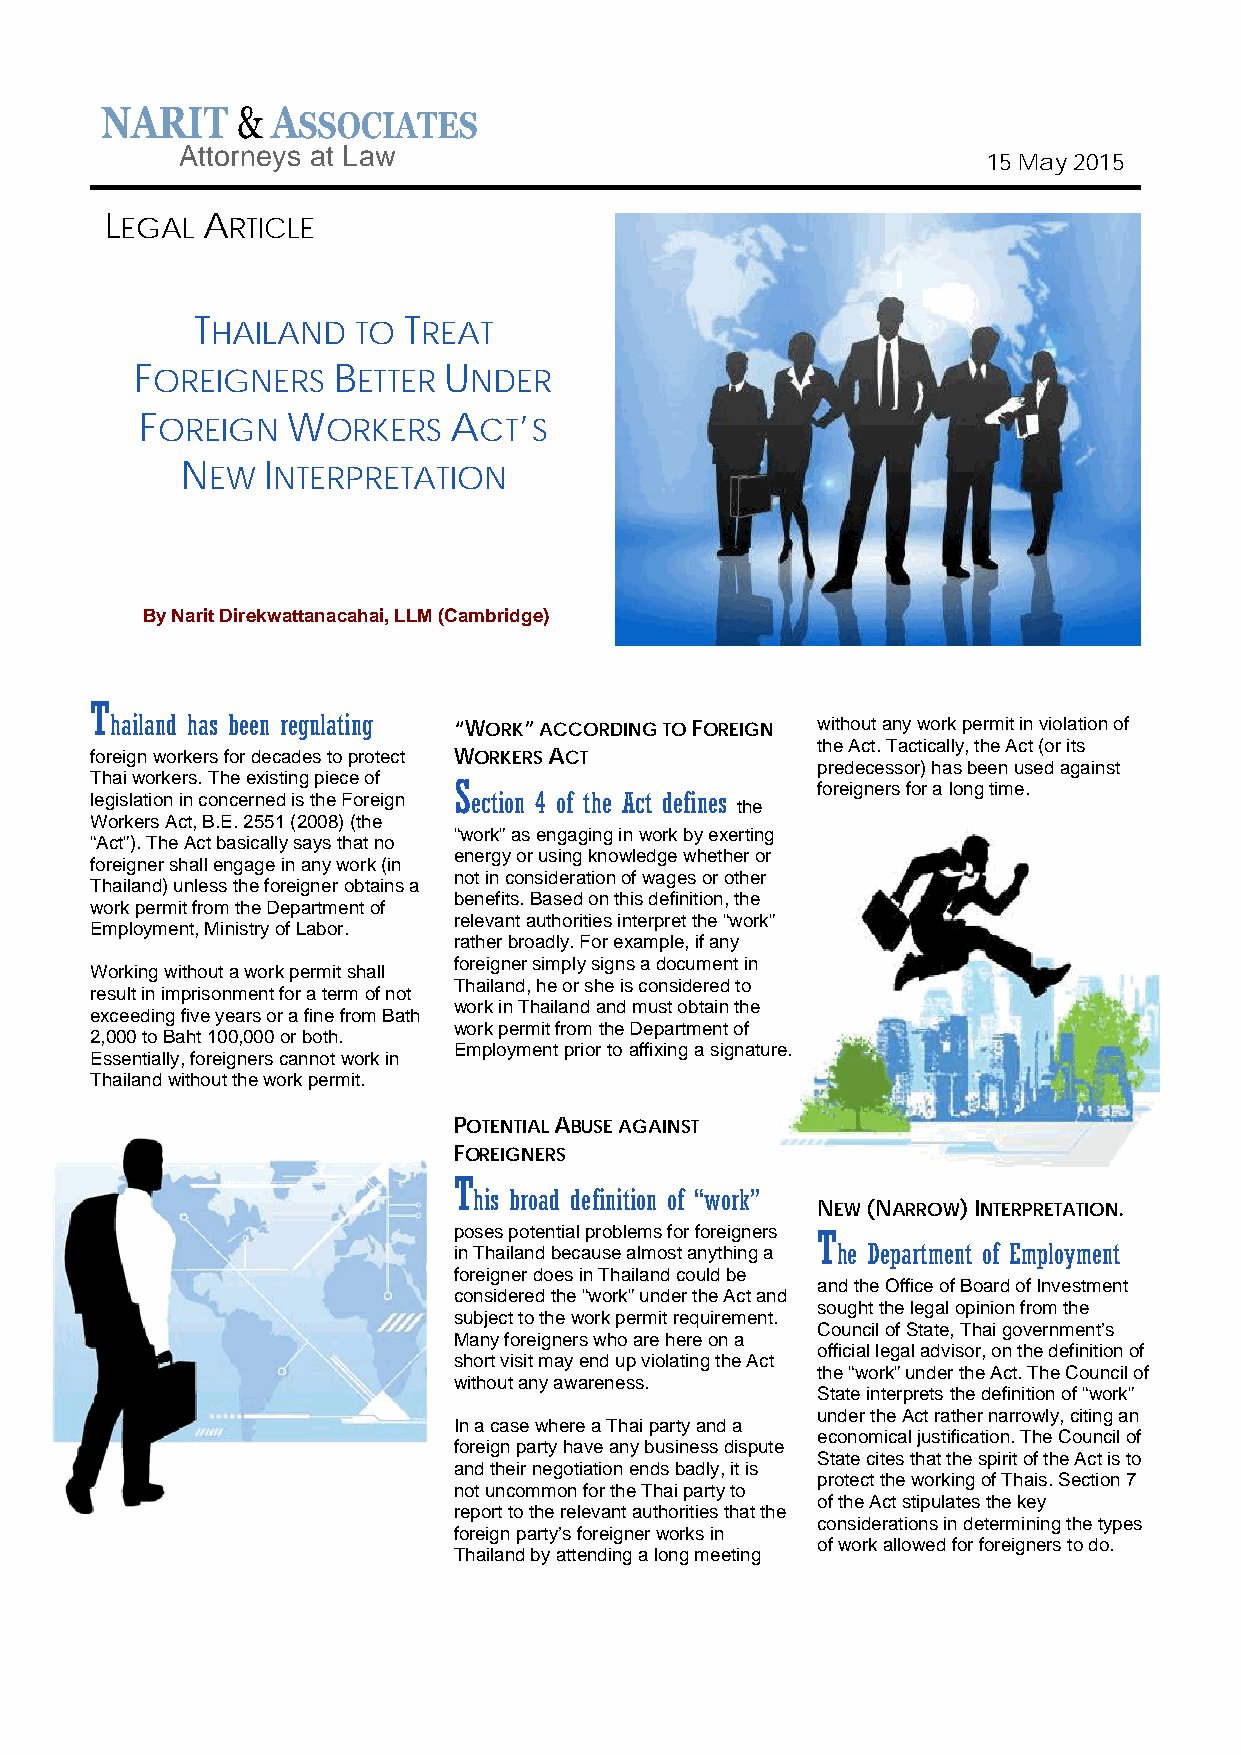
Attorneys at Law
 15 May 2015
 LEGAL ARTICLE
 T             T
 HAILAND  TO   REAT
 F            B      U
 OREIGNERS     ETTER  NDER
 F         W          A   ’
 OREIGN      ORKERS    CT S
 N    I
 EW  NTERPRETATION
 By Narit Direkwattanacahai, LLM (Cambridge)
 T
 hailand has been regulating “WORK” ACCORDING TO FOREIGN without any work permit in violation of
 the Act. Tactically, the Act (or its
 foreign workers for decades to protect WORKERS ACT
 predecessor) has been used against
 Thai workers. The existing piece of
 S                       foreigners for a long time.
 legislation in concerned is the Foreign ection 4 of the Act defines
 the
 Workers Act, B.E. 2551 (2008) (the
 “work” as engaging in work by exerting
 “Act”). The Act basically says that no
 energy or using knowledge whether or
 foreigner shall engage in any work (in
 not in consideration of wages or other
 Thailand) unless the foreigner obtains a
 benefits. Based on this definition, the
 work permit from the Department of
 Employment, Ministry of Labor.
 relevant authorities interpret the “work”
 rather broadly. For example, if any
 foreigner simply signs a document in
 Working without a work permit shall
 Thailand, he or she is considered to
 result in imprisonment for a term of not
 exceeding five years or a fine from Bath
 work in Thailand and must obtain the
 work permit from the Department of
 2,000 to Baht 100,000 or both.
 Employment prior to affixing a signature.
 Essentially, foreigners cannot work in
 Thailand without the work permit.
 POTENTIAL ABUSE AGAINST
 FOREIGNERS
 T
 his broad definition of “work”
 NEW (NARROW) INTERPRETATION.
 poses potential problems for foreigners T
 in Thailand because almost anything a he Department of Employment
 foreigner does in Thailand could be
 and the Office of Board of Investment
 considered the “work” under the Act and
 sought the legal opinion from the
 subject to the work permit requirement.
 Council of State, Thai government’s
 Many foreigners who are here on a
 official legal advisor, on the definition of
 short visit may end up violating the Act
 the “work” under the Act. The Council of
 without any awareness.
 State interprets the definition of “work”
 under the Act rather narrowly, citing an
 In a case where a Thai party and a
 economical justification. The Council of
 foreign party have any business dispute
 State cites that the spirit of the Act is to
 and their negotiation ends badly, it is
 protect the working of Thais. Section 7
 not uncommon for the Thai party to
 of the Act stipulates the key
 report to the relevant authorities that the
 considerations in determining the types
 foreign party’s foreigner works in
 of work allowed for foreigners to do.
 Thailand by attending a long meeting